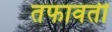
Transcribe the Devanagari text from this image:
तफावती